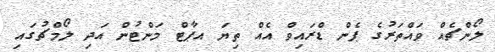
ލޯންޗެއް ވައްތަރުގެ ޕެން ޑްރައިވް އެއް ތިޔަ އޕާޓް މަންޓުން އަދި ލޯމްޗުގައި